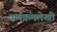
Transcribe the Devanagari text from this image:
वर्णक्रमलेखी